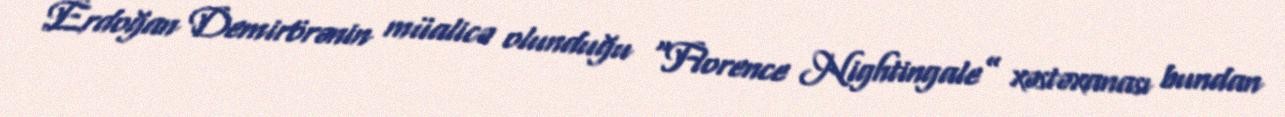
Erdoğan Demirörənin müalicə olunduğu “Florence Nightingale” xəstəxanası bundan